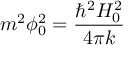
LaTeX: m ^ { 2 } \phi _ { 0 } ^ { 2 } = \frac { \hbar ^ { 2 } H _ { 0 } ^ { 2 } } { 4 \pi k }